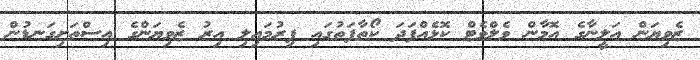
ޒެވިޔަން އަލީނާގެ އޮމާން ވެލްވެޓް ކޮޅެއްފަދަ ކޯތާފަތުގައި ފިރުމައިލި އިރު ޒެވިޔަންގެ އިސްތަށިގަނޑުން